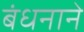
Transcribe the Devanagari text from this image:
बंधनाने